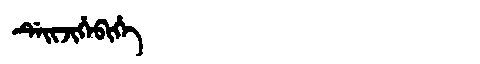
Manchu: ᡩᡝᡳᠵᡳᡥᡝᠪᡳᡥᡝ
Romanization: DEIJIHEBIHE